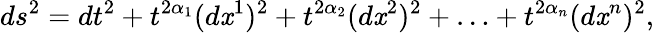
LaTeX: ds^{2}=dt^{2}+t^{2\alpha_{1}}(d\mathit{x}^{1})^{2}+t^{2\alpha_{2}}(d\mathit{x}^{2})^{2}+\ldots+t^{2\alpha_{n}}(d\mathit{x}^{n})^{2},